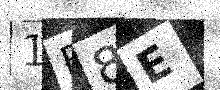
Text: 1B8E